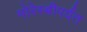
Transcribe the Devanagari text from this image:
मोरेस्बीपर्यंत